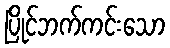
ပြိုင်ဘက်ကင်းသော